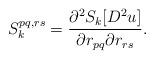
LaTeX: \begin{align*}S^{pq, rs}_k = \frac{\partial^2 S_k [D^2u]}{\partial r_{pq} \partial r_{rs}}.\end{align*}